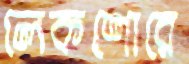
লেকশোরে